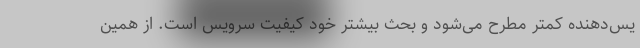
یس‌دهنده کمتر مطرح می‌شود و بحث بیشتر خود کیفیت سرویس است. از همین